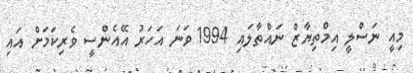
މިއީ ނަސްލީ އިމްތިޔާޒް ނައްތާލައި 1994 ވަނަ އަހަރު އޭއެންސީ ވެރިކަމަށް އައި